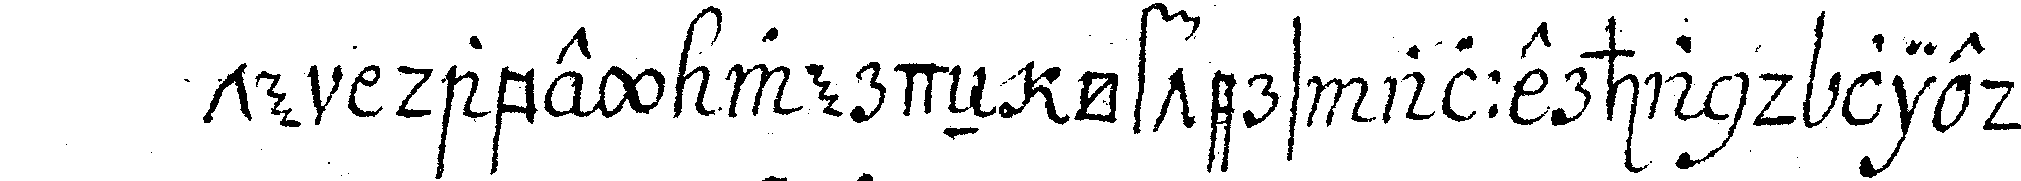
te dabey werdeN öfters allerhand lieder